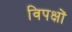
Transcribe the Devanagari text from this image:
विपक्षों